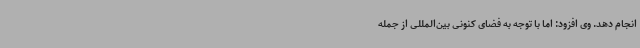
انجام دهد. وی افزود: اما با توجه به فضای کنونی بین‌المللی از جمله